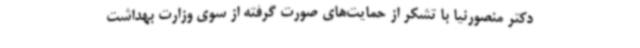
دکتر منصورنیا با تشکر از حمایت‌های صورت گرفته از سوی وزارت بهداشت